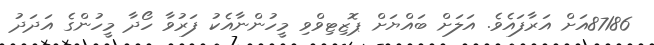
87186އަށް އަރާފައެވެ. އަލަށް ބައްޔަށް ޕޮޒިޓިވްވި މީހުންނާއެކު ފަރުވާ ހޯދާ މީހުންގެ އަދަދު